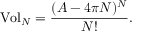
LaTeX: \mathrm { { V o l } } _ { N } = \frac { ( A - 4 \pi N ) ^ { N } } { N ! } .